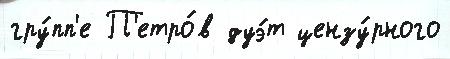
гру́пп'е П'етро́в дуэ́т цензу́рного